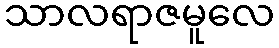
သာလရာဇမူလေ